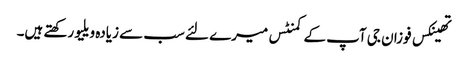
تھینکس فوزان جی آپ کے کمنٹس میرے لئے سب سے زیادہ ویلیو رکھتے ہیں۔